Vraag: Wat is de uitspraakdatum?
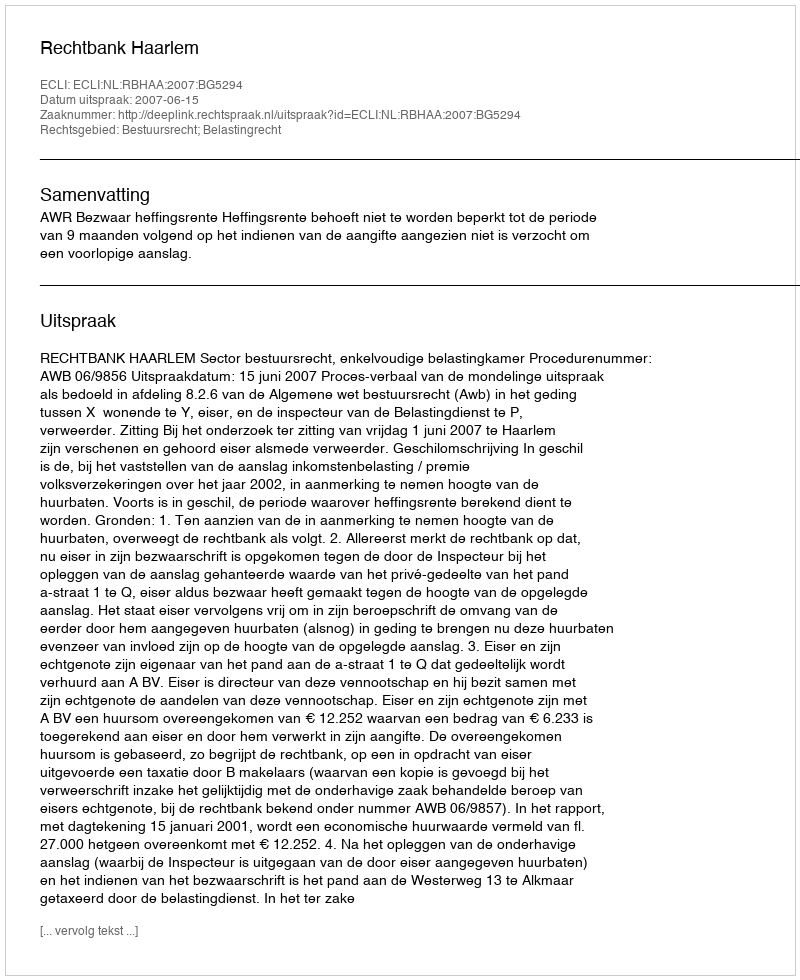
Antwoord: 2007-06-15